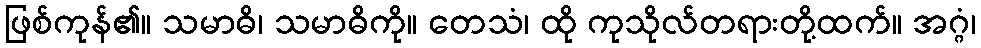
ဖြစ်ကုန်၏။ သမာဓိ၊ သမာဓိကို။ တေသံ၊ ထို ကုသိုလ်တရားတို့ထက်။ အဂ္ဂံ၊